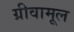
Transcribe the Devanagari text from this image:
ग्रीवामूल